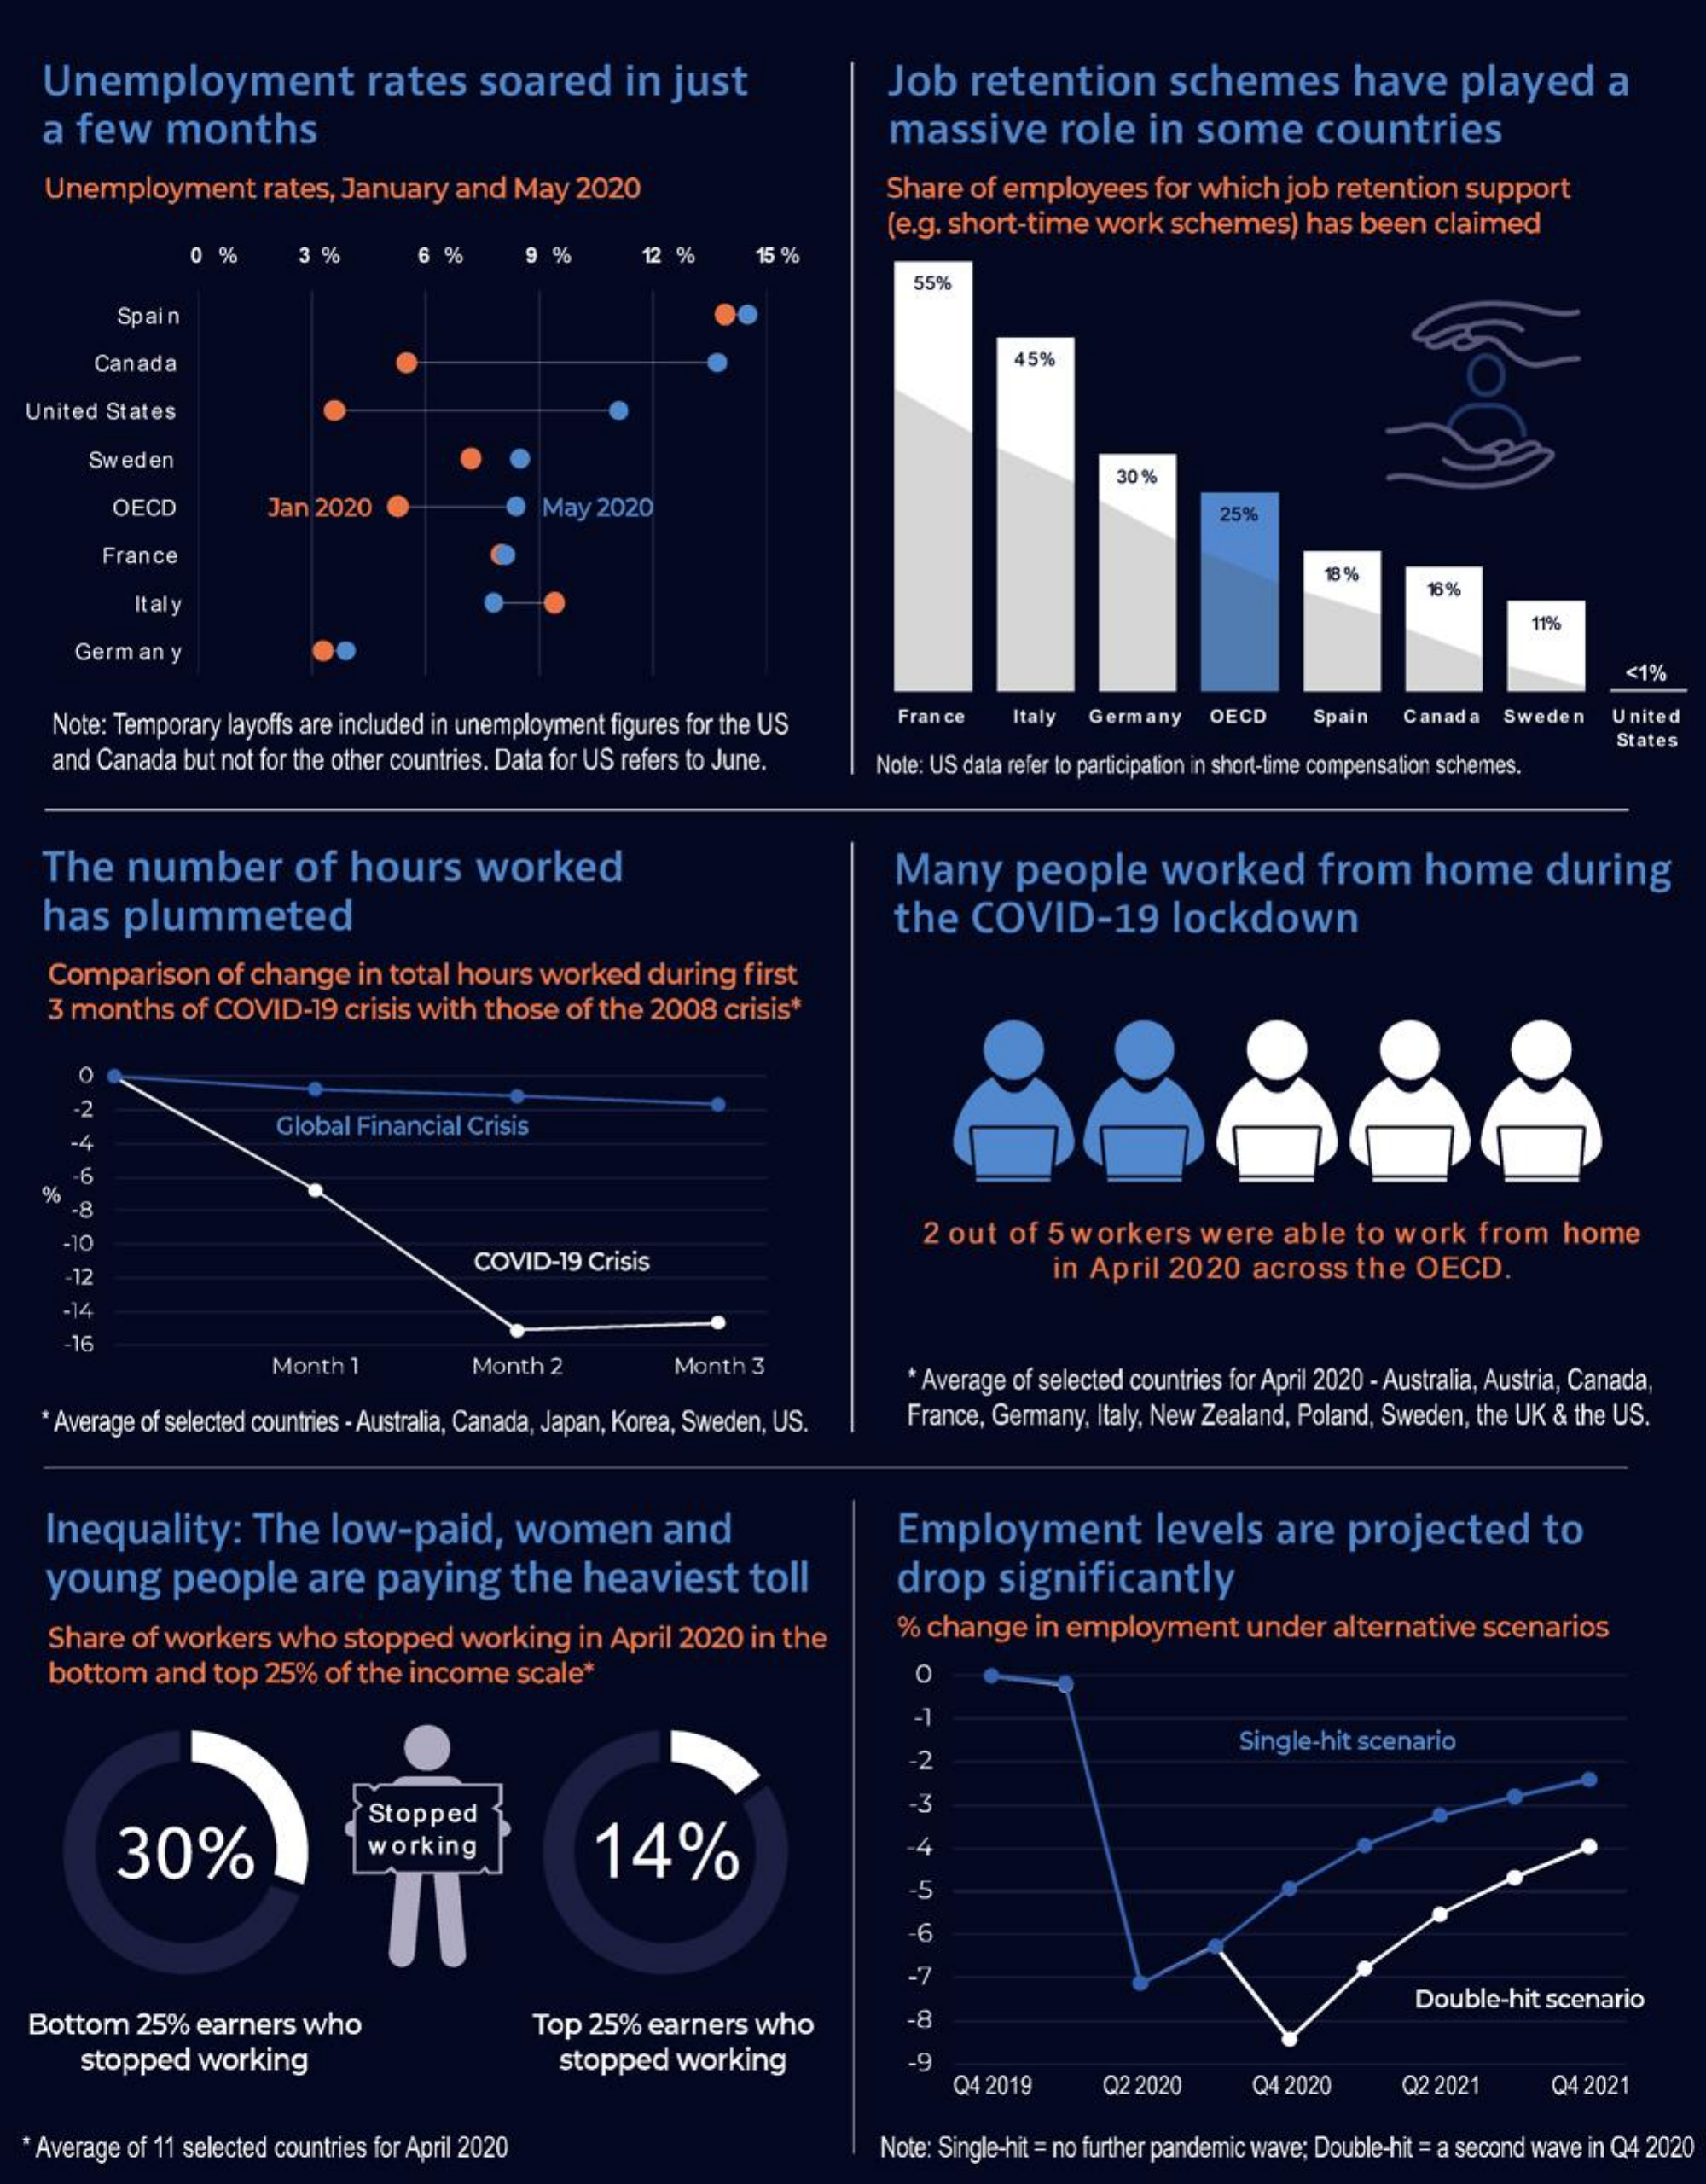
Unemployment    rates    soared    in  just    Job    retention    schemes    have    played    a
    a few    months    massive    role   in  some    countries
    Unemployment    rates, January and  May  2020    Share of employees  for which  job retention support
     (e.g. short-time work schemes)  has been  claimed
     0  %    3 %    6 %    9 %    12 %    15 %
     55%
     Spain
     Canada    45%
  United States
     Sweden
     30%
     OECD    Jan 2020    May 2020    25%
     France
     Italy
     18%
     11%
     German y
     <1%
    Note: Temporary layoffs are included in unemployment figures for the US France Italy Germany OECD Spain  Canada Sweden   United
    and Canada but not for the other countries. Data for US refers to June. Note: US data refer to participation in short-time compensation schemes.
     States
   The    number    of  hours    worked    Many    people    worked    from    home    during
   has   plummeted    the  COVID-19    lockdown
    Comparison   of change in total hours worked  during  first
    3 months  of COVID-19  crisis with those of the 2008 crisis*
     -2
     -4    Global Financial Crisis
    %
     -6
     -8
     -10    2 out of 5 workers   were  able  to work  from   home
     -12
     COVID-19 Crisis    in April 2020  across  the  OECD.
     -14
     16
     Month 1    Month 2    Month 3
     * Average of selected countries for April 2020 - Australia, Austria, Canada,
    Average of selected countries - Australia, Canada, Japan, Korea, Sweden, US. France, Germany, Italy, New Zealand, Poland, Sweden, the UK & the US,
    Inequality:    The  low-paid,    women    and    Employment    levels    are  projected    to
    young    people    are  paying    the  heaviest    toll    drop   significantly
    Share of workers  who  stopped  working  in April 2020 in the    % change  in employment    under alternative scenarios
    bottom  and  top 25% of the income  scale*    O
     Single-hit scenario
     30%
     Stopped
     working    14%
     -5
     -6
     -7
  Bottom   25% earners who    Top 25% earners  who    -8
     Double-hit scenario
     stopped  working    stopped  working    -9
     Q4 2019    Q2 2020    Q4 2020    Q2 2021    Q4 2021
   Average of 11 selected countries for April 2020    Note: Single-hit = no further pandemic wave; Double-hit = a second wave in Q4 2020